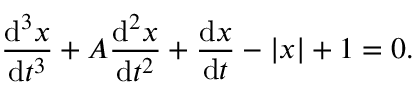
{ \frac { \mathrm { d } ^ { 3 } x } { \mathrm { d } t ^ { 3 } } } + A { \frac { \mathrm { d } ^ { 2 } x } { \mathrm { d } t ^ { 2 } } } + { \frac { \mathrm { d } x } { \mathrm { d } t } } - | x | + 1 = 0 .